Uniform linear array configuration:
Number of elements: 4
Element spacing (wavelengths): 0.5
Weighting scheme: hann
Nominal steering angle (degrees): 0
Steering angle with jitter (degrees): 1.597
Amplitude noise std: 0.05
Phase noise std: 0.05

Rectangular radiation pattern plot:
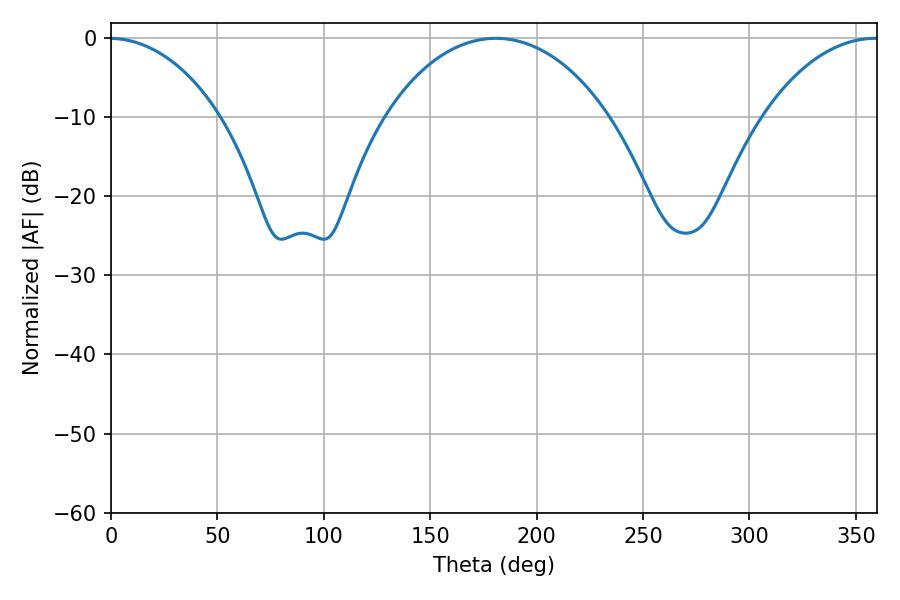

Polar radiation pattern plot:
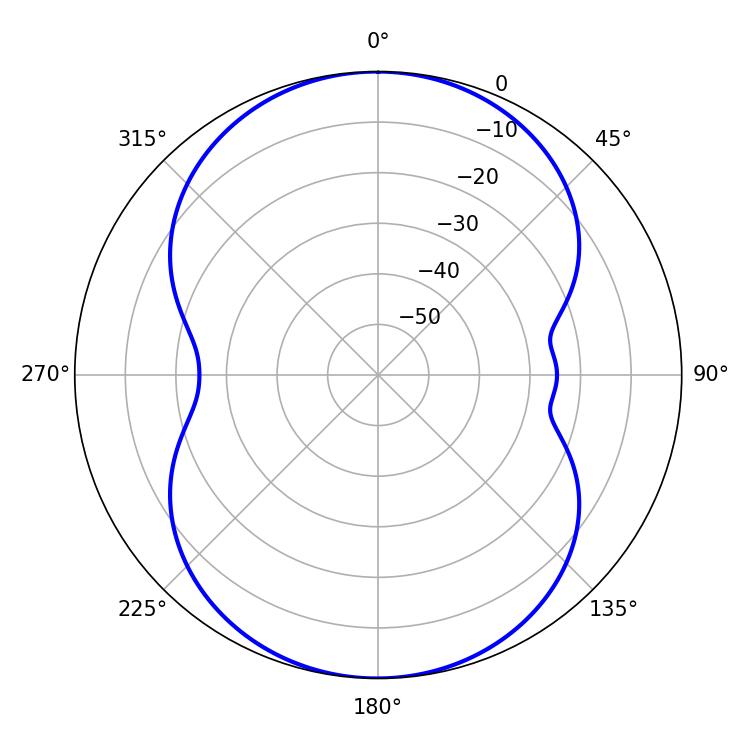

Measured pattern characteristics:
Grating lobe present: FALSE
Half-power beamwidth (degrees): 59.94
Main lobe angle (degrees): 180.9